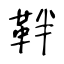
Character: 靽